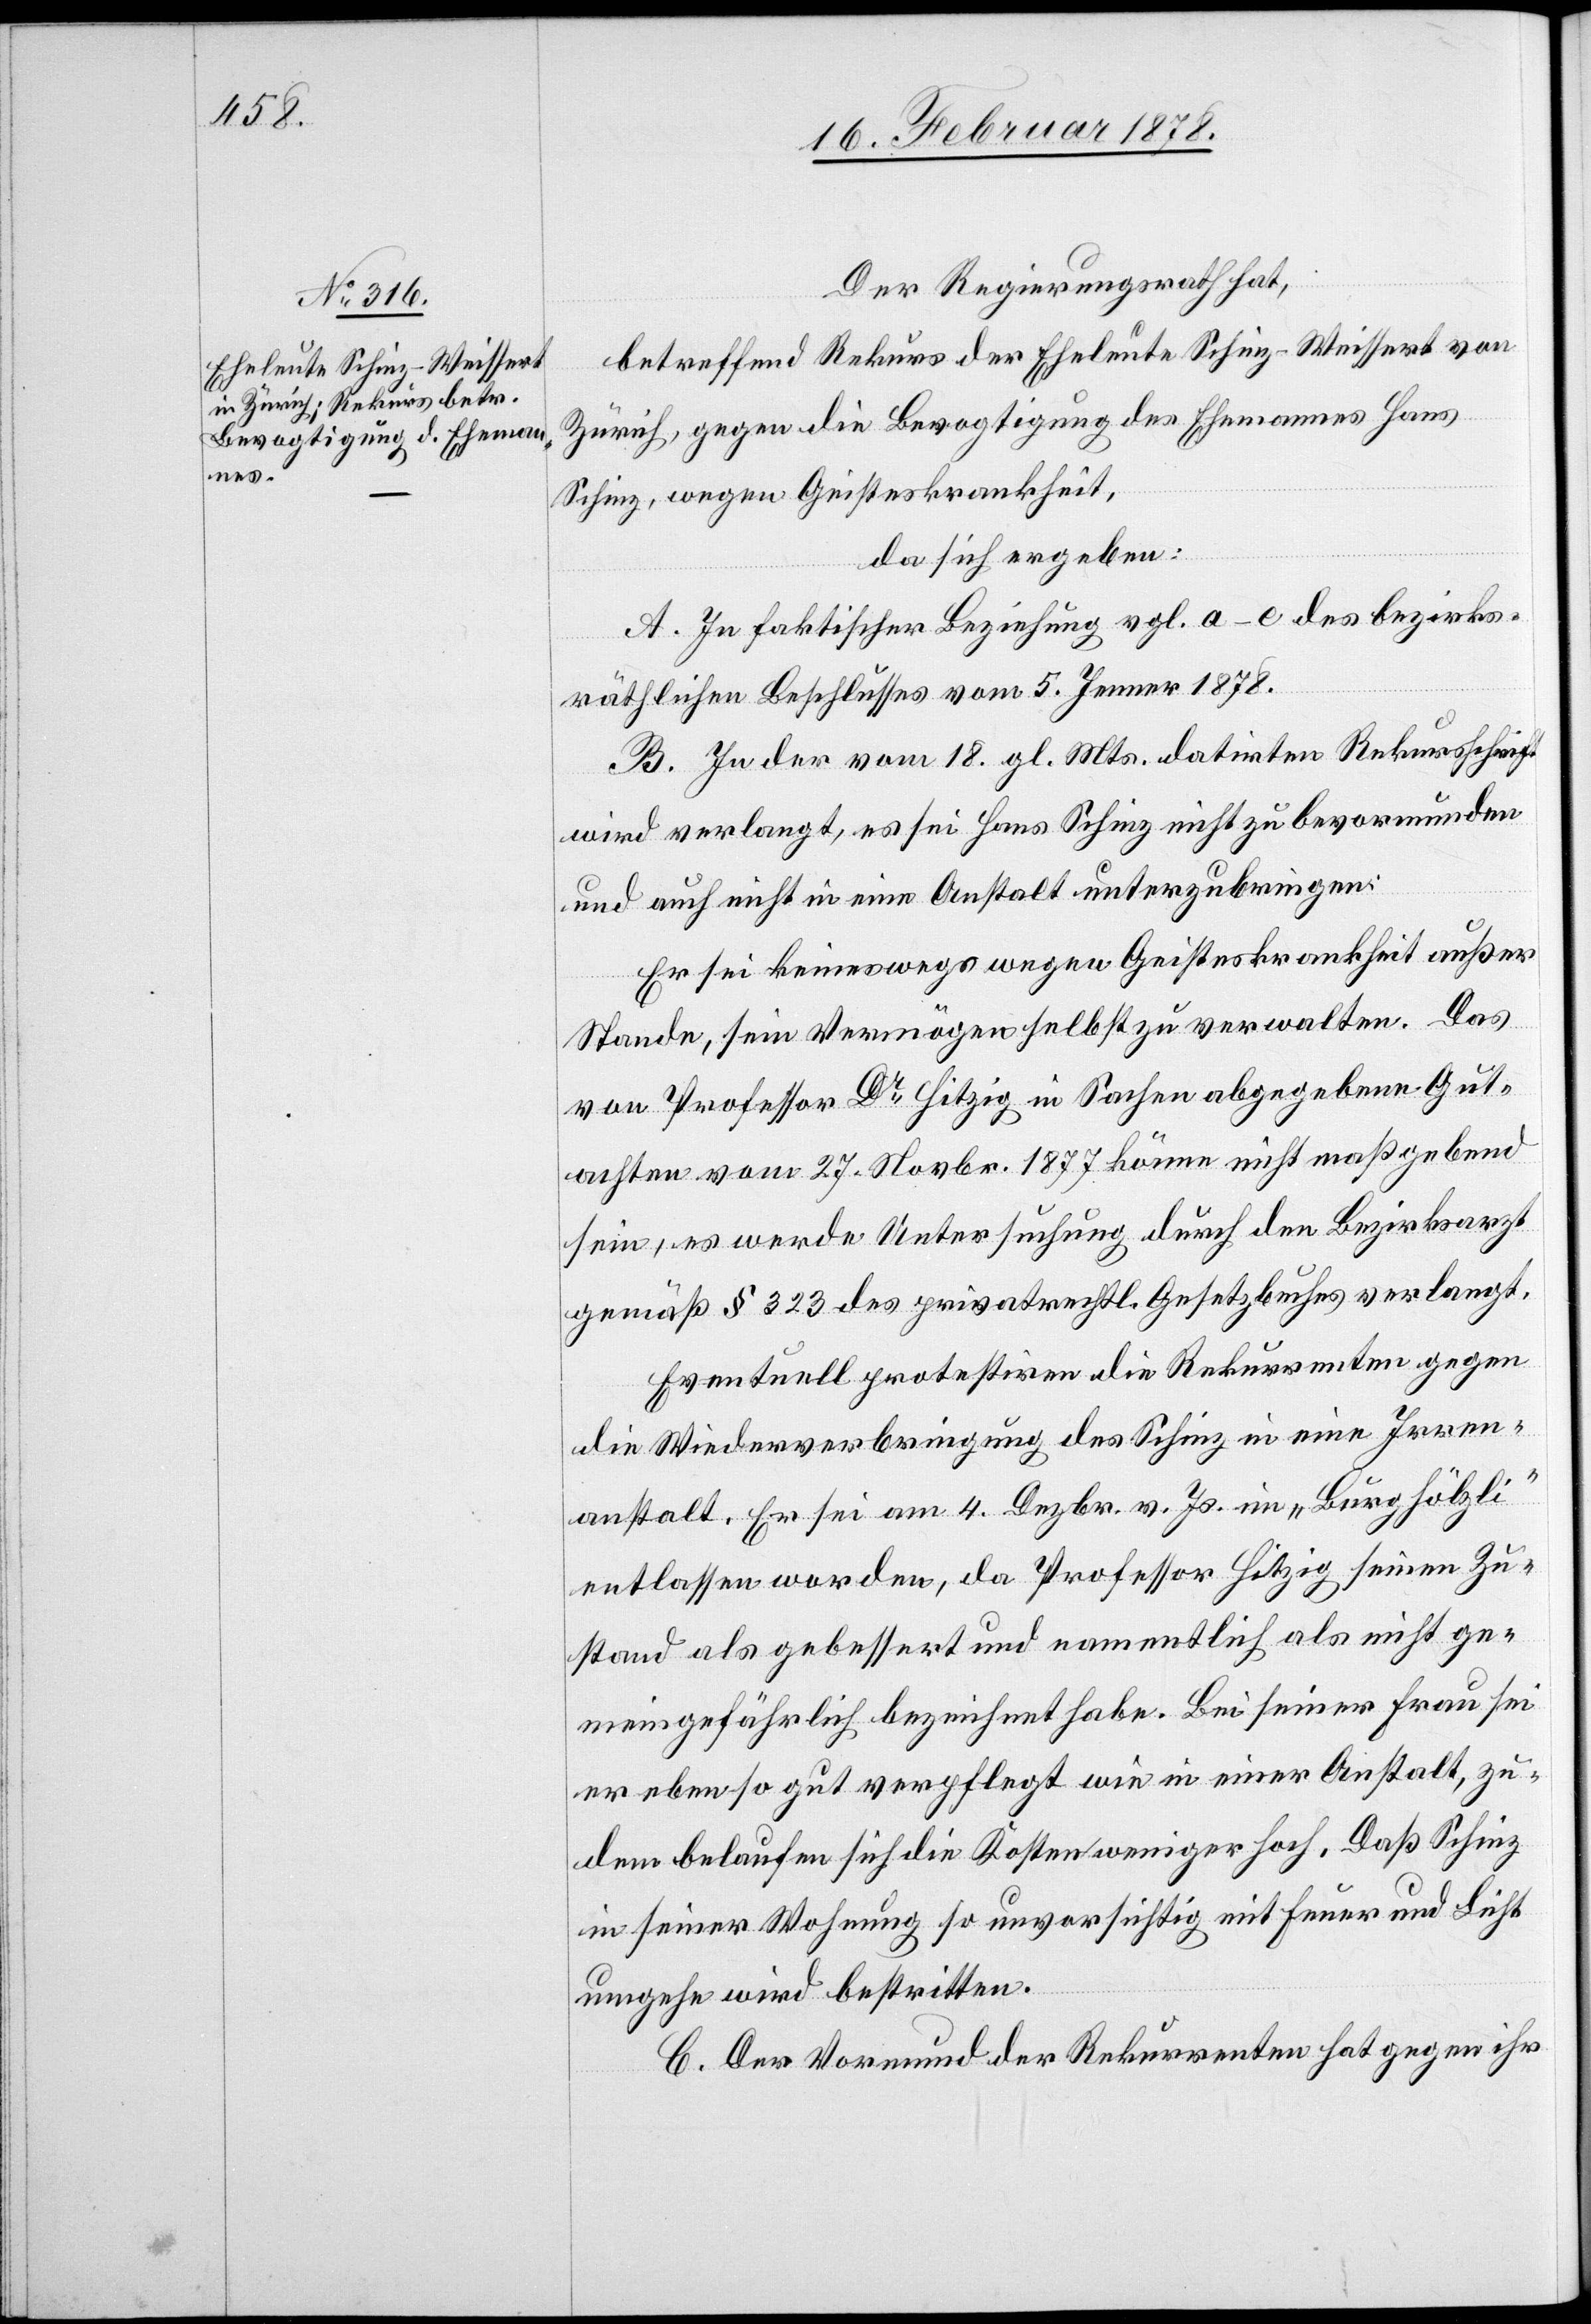
Der Regierungsrath hat,
betreffend Rekurs der Eheleute Schinz-Weissert von
Zürich, gegen die Bevogtigung des Ehemannes Hans
Schinz, wegen Geisteskrankheit,
da sich ergeben:
A. In faktischer Beziehung vgl. a–c des bezirks¬
räthlichen Beschlusses vom 5. Jenner 1878.
B. In der vom 18. gl. Mts. datirten Rekursschrift
wird verlangt, es sei Hans Schinz nicht zu bevormunden
und auch nicht in einer Anstalt unterzubringen:
Er sei keineswegs wegen Geisteskrankheit außer
Stande, sein Vermögen selbst zu verwalten. Das
von Professor Dr Hitzig in Sachen abgegebene Gut¬
achten vom 27. Novbr. 1877 könne nicht maßgebend
sein, es werde Untersuchung durch den Bezirksarzt
gemäß § 232 des privatrechtl. Gesetzbuches verlangt.
Eventuell protestiren die Rekurrenten gegen
die Wiederverbringung des Schinz in eine Irren¬
anstalt. Er sei am 4. Dezbr. v. Js. im „Burghölzli“
entlassen worden, da Professor Hitzig seinen Zu¬
stand als gebessert und namentlich als nicht ge¬
meingefährlich bezeichnet habe. Bei seiner Frau sei
er ebenso gut verpflegt wie in einer Anstalt, zu¬
dem belaufen sich die Kosten weniger hoch. Daß Schinz
in seiner Wohnung so unvorsichtig mit Feuer und Licht
umgehe wird bestritten.
C. Der Vormund der Rekurrenten hat gegen ihr